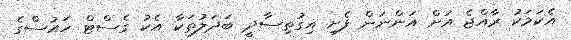
އެކަމަކު ރާއްޖެ އަށް އަންނަން ފެށި އިގުތިސާދީ ބަދަލުތަކާ އެކު ގެސްޓް ހައުސްގެ